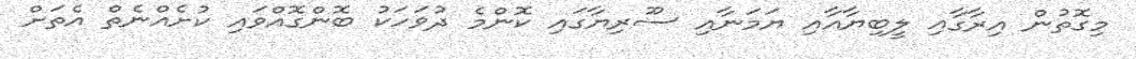
މިގޮތުން އިރާގާއި ލީބިޔާއާއި ޔަމަނާއި ސޫރިޔާގައި ކޮންމެ ދުވަހަކު ބޮންގޮއްވައި ކުށެއްނެތް އެތަށް